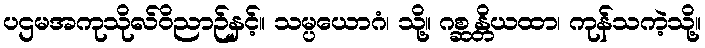
ပဌမအကုသိုလ်ဝိညာဉ်နှင့်။ သမ္ပယောဂံ၊ သို့။ ဂစ္ဆန္တိယထာ၊ ကုန်သကဲ့သို့။